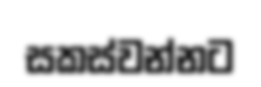
සකස්වන්නට